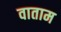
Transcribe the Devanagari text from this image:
वाताम